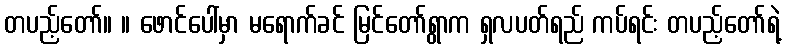
တပည့်တော်။ ။ ဖောင်ပေါ်မှာ မရောက်ခင် မြင်တော်ရွာက ရှလပတ်ရည် ကပ်ရင်း တပည့်တော်ရဲ့